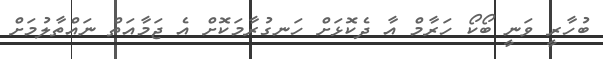
ބުހާރީ ވަނީ ބޯކޯ ހަރާމް އާ ދެކޮޅަށް ހަނގުރާމަކޮށް އެ ޖަމާއަތް ނައްތާލުމަށް